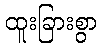
ထူးခြားစွာ